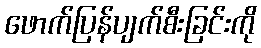
ဖောက်ပြန်ပျက်စီးခြင်းကို